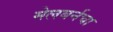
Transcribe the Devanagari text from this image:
मेलबर्नचा